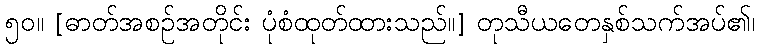
၅၀။ [ဓာတ်အစဉ်အတိုင်း ပုံစံထုတ်ထားသည်။] တုသီယတေနှစ်သက်အပ်၏၊